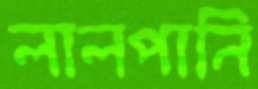
লালপানি